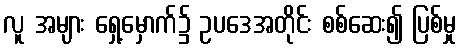
လူ အများ ရှေ့မှောက်၌ ဥပဒေအတိုင်း စစ်ဆေး၍ ပြစ်မှု